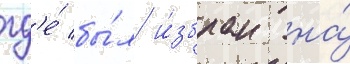
гд'е́ бы́л и́збран на́